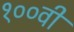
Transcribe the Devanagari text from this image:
१००वी